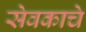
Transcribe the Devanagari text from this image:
सेवकाचे